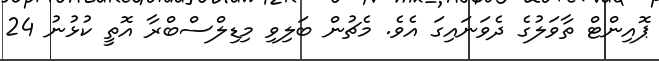
ޕޮއިންޓް ތާވަލުގެ ދެވަނައިގަ އެވެ. މެޗުން ބަލިވި މިޑިލްސްބްރާ އޮތީ ކުޅުނު 24